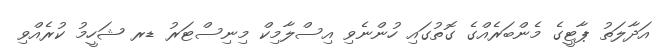
އަދާލަތު ޕާޓީގެ މެންބަރެއްގެ ގޮތުގައި ހުންނެވި އިސްލާމިކް މިނިސްޓަރު ޑރ ޝަހީމު ކުރެއްވި